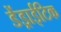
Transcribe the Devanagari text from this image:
डेंड्राईटिक